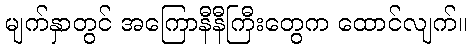
မျက်နှာတွင် အကြောနီနီကြီးတွေက ထောင်လျက်။